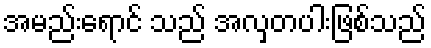
အမည်းရောင် သည် အလှတပါးဖြစ်သည်